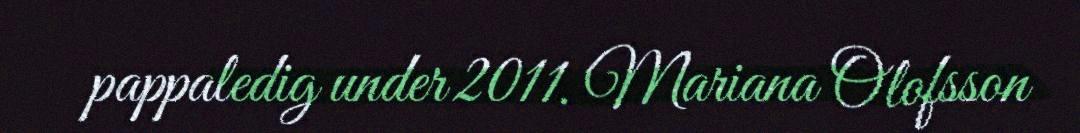
pappaledig under 2011. Mariana Olofsson